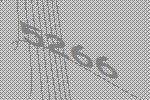
5266